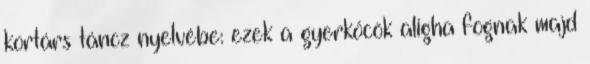
kortárs táncz nyelvébe: ezek a gyerkőcök aligha fognak majd